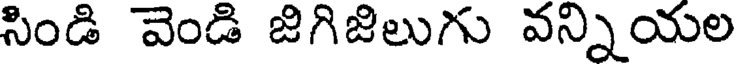
సిండి వెండి జిగిజిలుగు వన్నియల